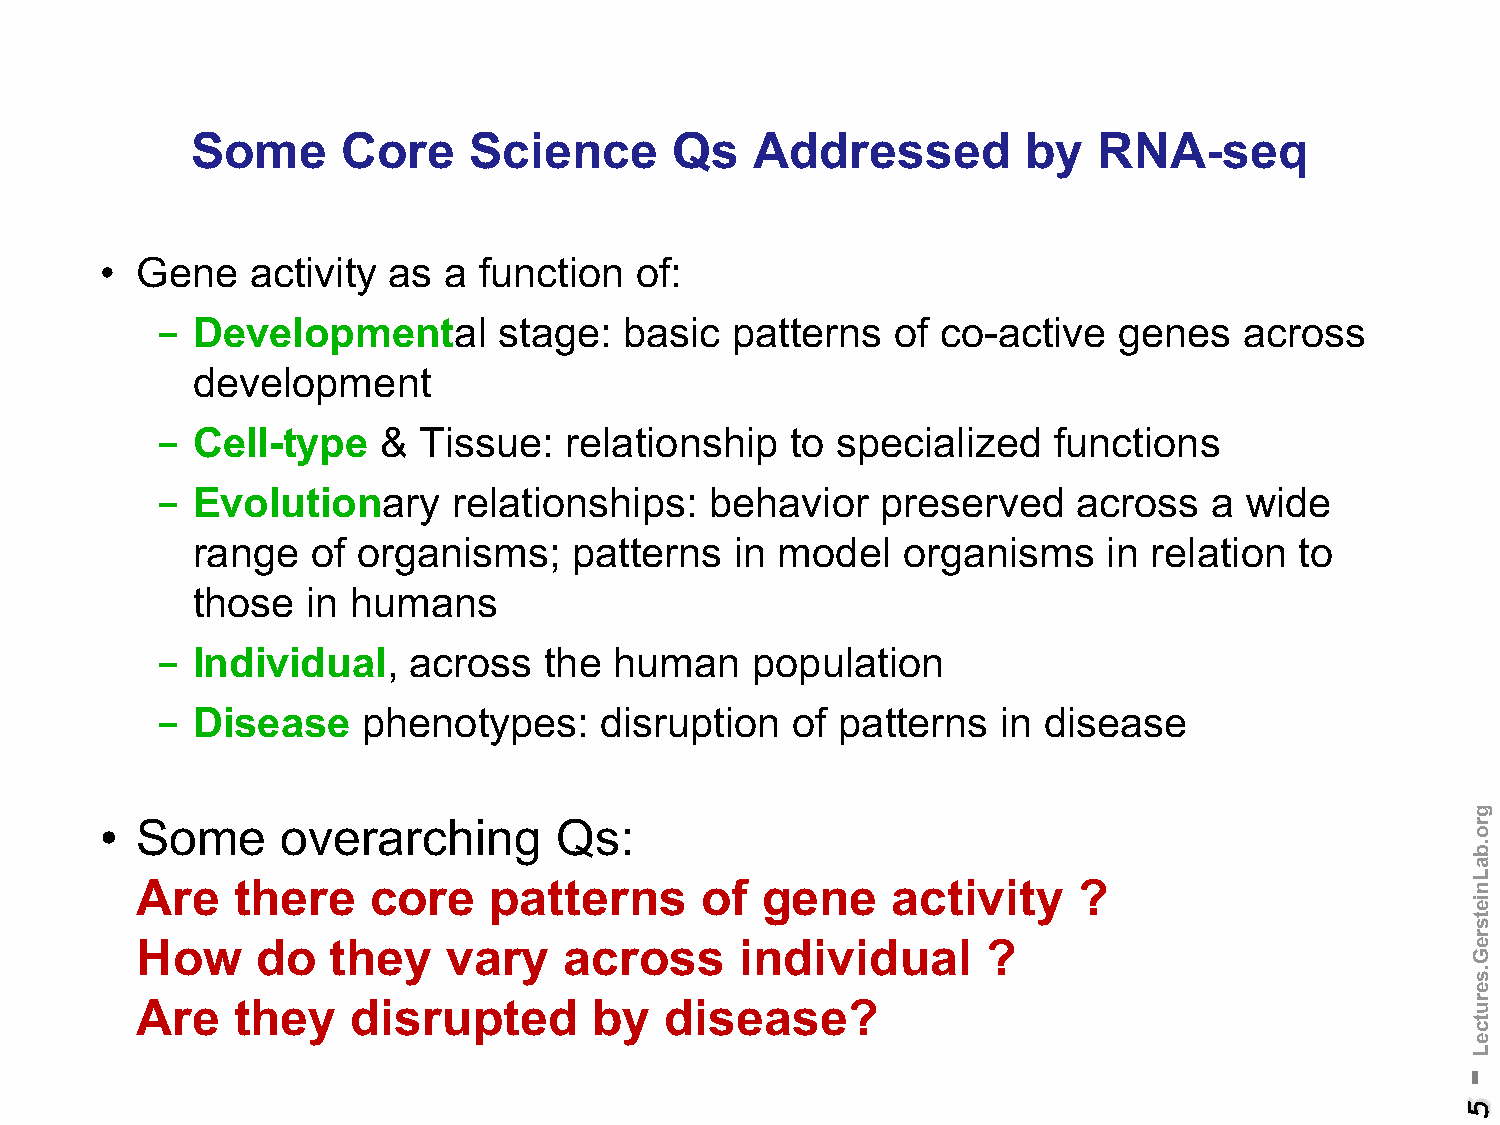
Some      Core    Science       Qs   Addressed         by   RNA-seq
 • Gene    activity as a  function  of:
 -  Developmental       stage:  basic  patterns   of co-active   genes   across
 development
 -  Cell-type   &  Tissue:  relationship   to specialized    functions
 -  Evolutionary     relationships:   behavior   preserved    across   a wide
 range   of organisms;    patterns   in model   organisms    in relation  to
 those  in humans
 -  Individual,   across   the  human    population
 -  Disease    phenotypes:     disruption  of patterns   in disease
 • Some      overarching       Qs:
 Are   there    core    patterns      of  gene     activity    ?
 How     do   they    vary   across      individual      ?
 Are   they    disrupted       by   disease?
 -
 5
 gro.baLnietsreG.serutceL